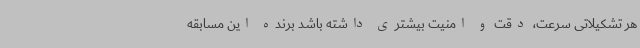
هر تشکیلاتی سرعت، دقت و امنیت بیشتری داشته باشد برنده این مسابقه